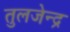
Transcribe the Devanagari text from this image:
तुलजेन्द्र